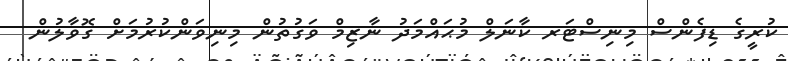
ކުރީގެ ޑިފެންސް މިނިސްޓަރ ކާނަލް މުޙައްމަދު ނާޒިމް ވަގުތުން މިނިވަންކުރުމަށް ގޮވާލުން